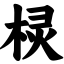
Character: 棂